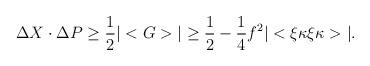
LaTeX: \begin{align*}\Delta X\cdot\Delta P \ge \frac{1}{2}|<G>|\ge \frac{1}{2}-\frac{1}{4} f^2|<\xi\kappa\xi\kappa>|.\end{align*}